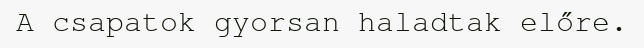
A csapatok gyorsan haladtak előre.